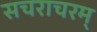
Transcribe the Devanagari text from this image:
सचराचरम्